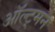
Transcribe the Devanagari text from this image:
ऑल्ट्मन